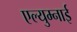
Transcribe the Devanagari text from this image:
एल्युम्नाई